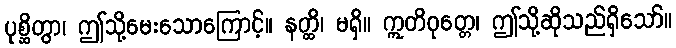
ပုစ္ဆိတွာ၊ ဤသို့မေးသောကြောင့်။ နတ္ထိ၊ မရှိ။ ဣတိဝုတ္တေ၊ ဤသို့ဆိုသည်ရှိသော်။